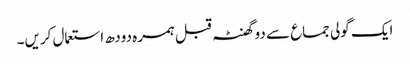
ایک گولی جماع سے دو گھنٹہ قبل ہمرہ دودھ استعمال کریں۔